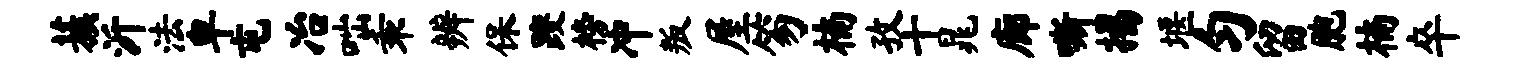
蔟沂法卑屯冶咄乖辨保躞榜冲叛屋笏楠孜十晁廊嘶揭堰匀留胞楠卒